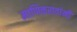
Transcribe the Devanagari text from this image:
माणिकरावांनी